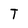
Character: T